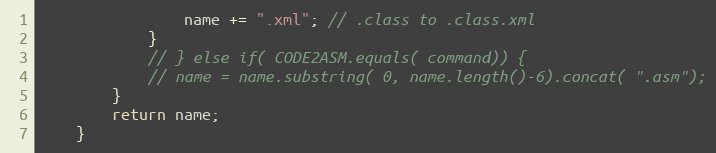
Language: Java
                name += ".xml"; // .class to .class.xml
            }
            // } else if( CODE2ASM.equals( command)) {
            // name = name.substring( 0, name.length()-6).concat( ".asm");
        }
        return name;
    }